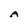
Character: A